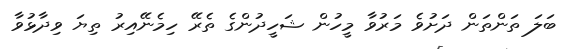
ބަލަ ތަންތަން ދަށުވެ މަރުވާ މީހުން ޝަހީދުންގެ ތެރޭ ހިމެނޭއިރު ތިޔަ ވިދާޅުވާ